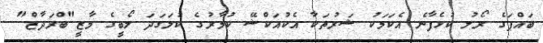
ބައްޕަގެ ރޯލު ކުޅެފާނެ އެކަމަކު ޝަރުތަކާ އެކުއަކްޝޭ ކުމާރުގެ ކުލަގަދަ ލޯބީގެ މާޒީ"ބްރަދާޒް"